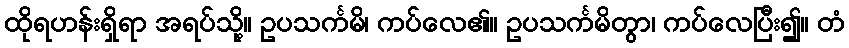
ထိုရဟန်းရှိရာ အရပ်သို့။ ဥပသင်္ကမိ၊ ကပ်လေ၏။ ဥပသင်္ကမိတွာ၊ ကပ်လေပြီး၍။ တံ